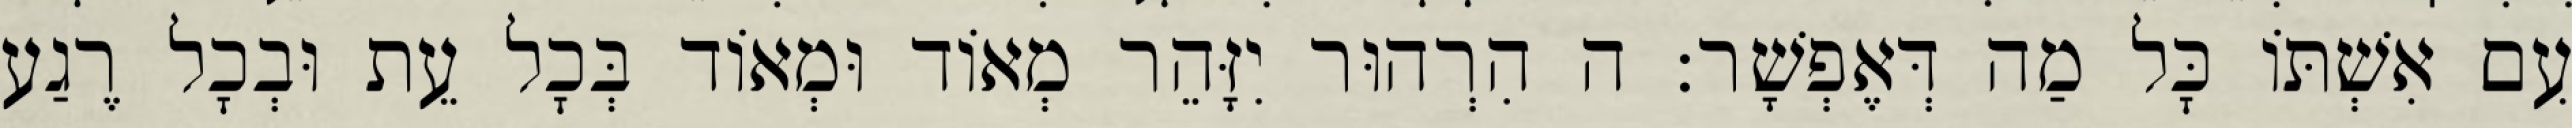
עִם אִשְׁתּוֹ כׇּל מַה דְּאֶפְשָׁר: ה הִרְהוּר יִזָּהֵר מְאוֹד וּמְאוֹד בְּכׇל עֵת וּבְכׇל רֶגַע